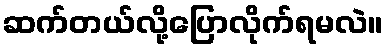
ဆက်တယ်လို့ပြောလိုက်ရမလဲ။